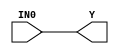
//------------------------------------------------------
// Copyright 1992, 1993 Cascade Design Automation Corporation.
//------------------------------------------------------
module stddelay(IN0,Y);
  parameter DELAYS = 0;
  parameter
        d_IN0_r = 0,
        d_IN0_f = 0,
        d_Y_r = 1,
        d_Y_f = 1;
  input  IN0;
  output  Y;
  wire  IN0_temp;
  reg  Y_temp;
  assign #(d_IN0_r,d_IN0_f) IN0_temp = IN0;
  assign #(d_Y_r,d_Y_f) Y = Y_temp;
  always
    @(IN0_temp)
      Y_temp = IN0_temp;
endmodule